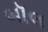
બૉલ